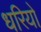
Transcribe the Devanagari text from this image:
धरियो